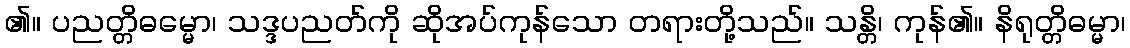
၏။ ပညတ္တိဓမ္မော၊ သဒ္ဒပညတ်ကို ဆိုအပ်ကုန်သော တရားတို့သည်။ သန္တိ၊ ကုန်၏။ နိရုတ္တိဓမ္မာ၊